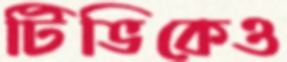
টিভিকেও